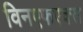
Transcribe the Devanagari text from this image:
विनएफएक्स